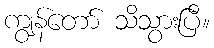
ကျွန်တော် သိသွားပြီ။